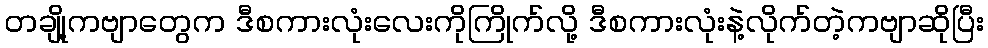
တချို့ကဗျာတွေက ဒီစကားလုံးလေးကိုကြိုက်လို့ ဒီစကားလုံးနဲ့လိုက်တဲ့ကဗျာဆိုပြီး